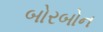
બોરબોન